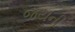
જયની